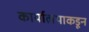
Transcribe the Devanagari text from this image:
कार्यालयाकडून